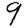
Digit: 9